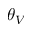
\theta _ { V }